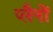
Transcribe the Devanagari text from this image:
प्लैनों